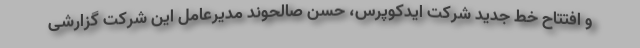
و افتتاح خط جدید شرکت ایدکوپرس، حسن صالحوند مدیرعامل این شرکت گزارشی